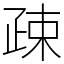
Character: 疎